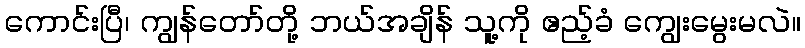
ကောင်းပြီ၊ ကျွန်တော်တို့ ဘယ်အချိန် သူ့ကို ဧည့်ခံ ကျွေးမွေးမလဲ။